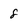
Character: 8